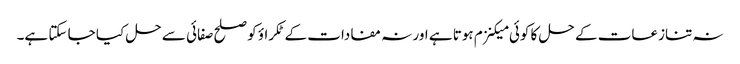
نہ تنازعات کے حل کا کوئی میکنزم ہوتا ہے اور نہ مفادات کے ٹکراؤ کو صلح صفائی سے حل کیا جا سکتا ہے۔